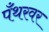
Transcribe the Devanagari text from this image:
पँथरवर